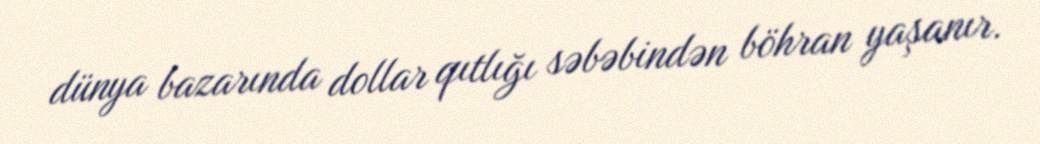
dünya bazarında dollar qıtlığı səbəbindən böhran yaşanır.